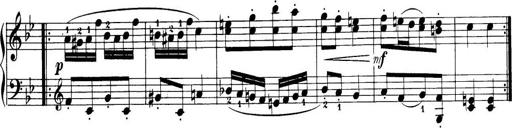
Title: 32 Sonatinas and Rondos for the Piano
Composer: Richard Kleinmichel